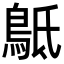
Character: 𪀍